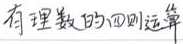
有理数的四则运算